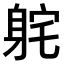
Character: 𫏫